Indian journal of veterinary science and animal husbandry - Volumes 15-17, 1948-1951
Year: 1948
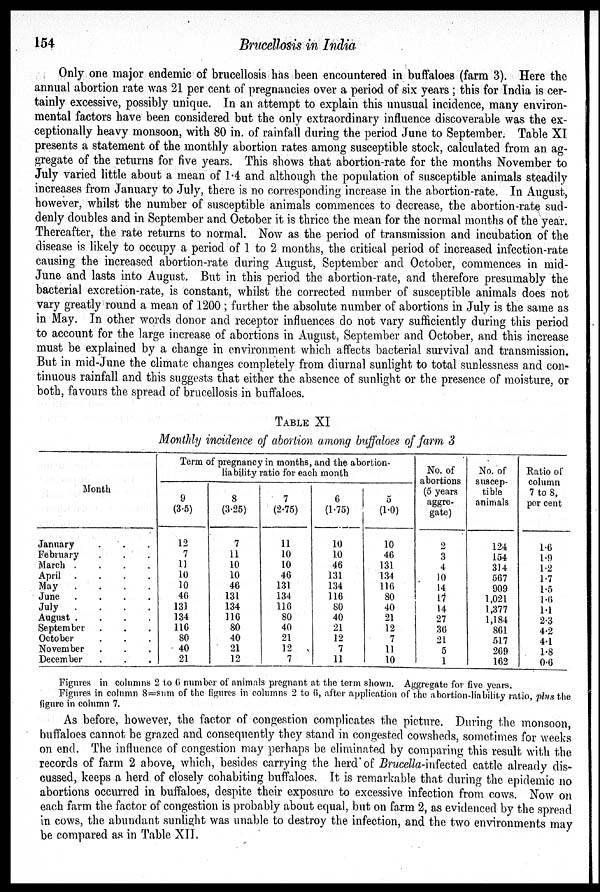
154
Brucellosis in India
Only one major endemic of brucellosis has been encountered in buffaloes (farm 3). Here the
annual abortion rate was 21 per cent of pregnancies over a period of six years ; this for India is cer-
tainly excessive, possibly unique. In an attempt to explain this unusual incidence, many environ-
mental factors have been considered but the only extraordinary influence discoverable was the ex-
ceptionally heavy monsoon, with 80 in. of rainfall during the period June to September. Table XI
presents a statement of the monthly abortion rates among susceptible stock, calculated from an ag-
gregate of the returns for five years. This shows that abortion-rate for the months November to
July varied little about a mean of 1.4 and although the population of susceptible animals steadily
increases from January to July, there is no corresponding increase in the abortion-rate. In August,
however, whilst the number of susceptible animals commences to decrease, the abortion-rate sud-
denly doubles and in September and October it is thrice the mean for the normal months of the year.
Thereafter, the rate returns to normal. Now as the period of transmission and incubation of the
disease is likely to occupy a period of 1 to 2 months, the critical period of increased infection-rate
causing the increased abortion-rate during August, September and October, commences in mid-
June and lasts into August. But in this period the abortion-rate, and therefore presumably the
bacterial excretion-rate, is constant, whilst the corrected number of susceptible animals does not
vary greatly round a mean of 1200 ; further the absolute number of abortions in July is the same as
in May. In other words donor and receptor influences do not vary sufficiently during this period
to account for the large increase of abortions in August, September and October, and this increase
must be explained by a change in environment which affects bacterial survival and transmission.
But in mid-June the climate changes completely from diurnal sunlight to total sunlessness and con-
tinuous rainfall and this suggests that either the absence of sunlight or the presence of moisture, or
both, favours the spread of brucellosis in buffaloes.
TABLE XI
Monthly incidence of abortion among buffaloes of farm 3
Month
January . . .
February . . .
March .
.
.
.
April .
.
.
.
May
.
.
.
.
June .
.
.
.
July
.
.
.
.
August .
.
.
.
September . . .
October . . .
November . . .
December . . .
Term of pregnancy in months, and the abortion-
liability ratio for each month
9
(3.5)
12
7
11
10
10
46
131
134
116
80
40
21
8
(3.26)
7
11
10
10
46
131
134
116
80
40
21
12
7
(2.75)
11
10
10
46
131
134
116
80
40
21
12
7
6
(1.75)
10
10
46
131
134
116
80
40
21
12
7
11
5
(1.0)
10
46
131
134
116
80
40
21
12
7
11
10
No. of
abortions
(5 years
aggre-
gate)
2
3
4
10
14
17
14
27
36
21
5
1
No. of
suscep-
tible
animals
124
154
314
567
909
1,021
1,377
1,184
861
517
269
162
Ratio of
column
7 to 8,
per cent
1.6
1.9
1.2
1.7
1.5
1.6
1.1
2.3
4.2
4.1
1.8
0.6
Figures in columns 2 to 6 number of animals pregnant at the term shown. Aggregate for five years.
Figures in column 8 = sum of the figures in columns 2 to 6, after application of the abortion-liability ratio, plus the
figure in column 7.
As before however the factor of congestion complicates the picture. During the
buffaloes cannot be grazed and consequently they stand in congested cowsheds, sometimes for weeks
on end. The influence of congestion may perhaps be eliminated by comparing this result with the
records of farm 2 above, which, besides carrying the herd of Brucella-infected cattle already dis-
cussed, keeps a herd of closely cohabiting buffaloes. It is remarkable that during the epidemic no
abortions occurred in buffaloes, despite their exposure to excessive infection from cows. Now on
each farm the factor of congestion is probably about equal, but on farm 2, as evidenced by the spread
in cows, the abundant sunlight was unable to destroy the infection, and the two environments may
be compared as in Table XII.